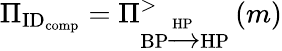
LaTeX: \Pi_{\textrm{ID}_{\textrm{comp}}}=\Pi_{\textrm{BP}\xrightarrow{\textrm{HP}}\textrm{HP}}^{>}\left(m\right)